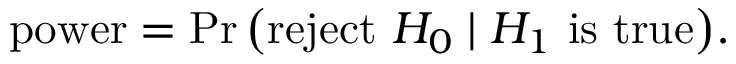
{ \mathrm { p o w e r } } = \operatorname* { P r } { \big ( } { \mathrm { r e j e c t ~ } } H _ { 0 } \mid H _ { 1 } { \mathrm { ~ i s ~ t r u e } } { \big ) } .